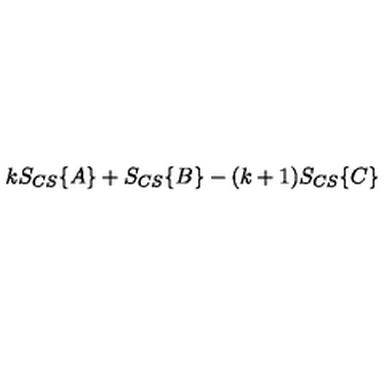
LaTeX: k S _ { C S } \{ A \} + S _ { C S } \{ B \} - ( k + 1 ) S _ { C S } \{ C \}